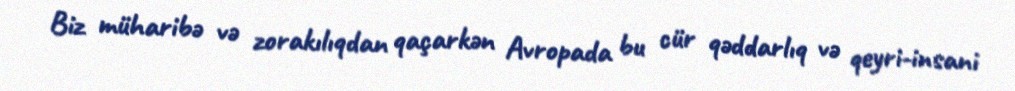
Biz müharibə və zorakılıqdan qaçarkən Avropada bu cür qəddarlıq və qeyri-insani